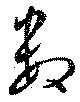
數